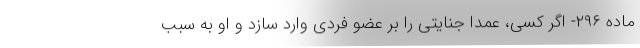
ماده ۲۹۶- اگر کسی، عمداً جنایتی را بر عضو فردی وارد سازد و او به سبب